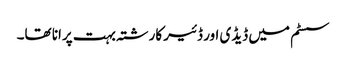
سسٹم میں ڈیڈی اور ڈئیر کارشتہ بہت پرانا تھا۔